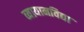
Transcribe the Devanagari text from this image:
व्यायामविद्या